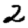
Digit: 2